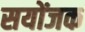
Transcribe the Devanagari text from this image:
सयोंजक